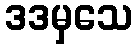
ဒဒမှသေ